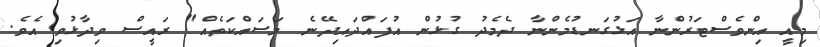
މިއީ އިންވެސްޓަރުންނާ އަޅުގަނޑުމެންނާ ދެމެދު ގުޅުން އުފައްދައިދޭނެ މަސައްކަތެއް" ރައީސް ވިދާޅުވި އެވެ.